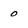
Character: 0